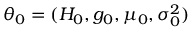
\theta _ { 0 } = ( H _ { 0 } , g _ { 0 } , \mu _ { 0 } , \sigma _ { 0 } ^ { 2 } )